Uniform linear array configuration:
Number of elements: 24
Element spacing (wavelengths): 0.25
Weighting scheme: cosine
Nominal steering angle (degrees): -15
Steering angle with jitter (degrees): -15.401
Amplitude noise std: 0.05
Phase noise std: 0.05

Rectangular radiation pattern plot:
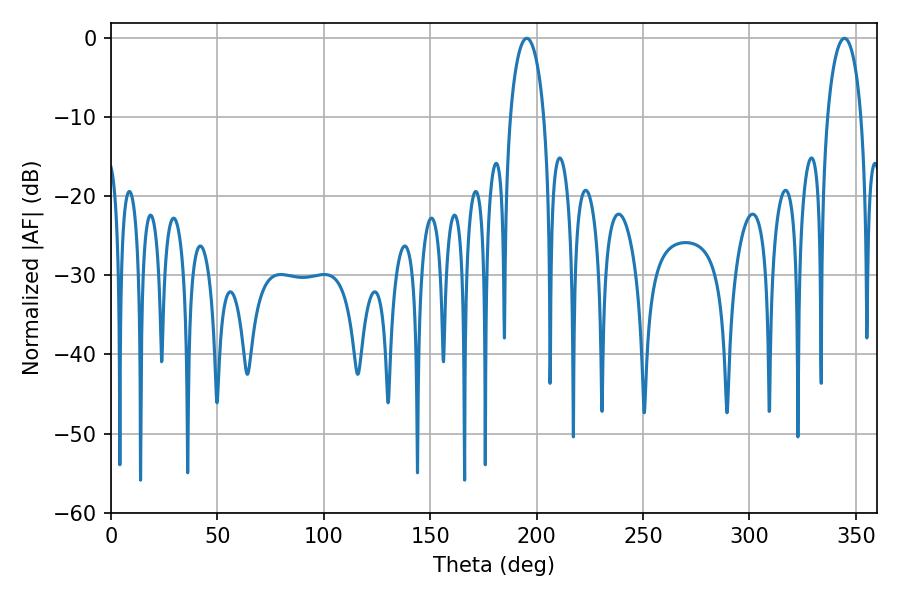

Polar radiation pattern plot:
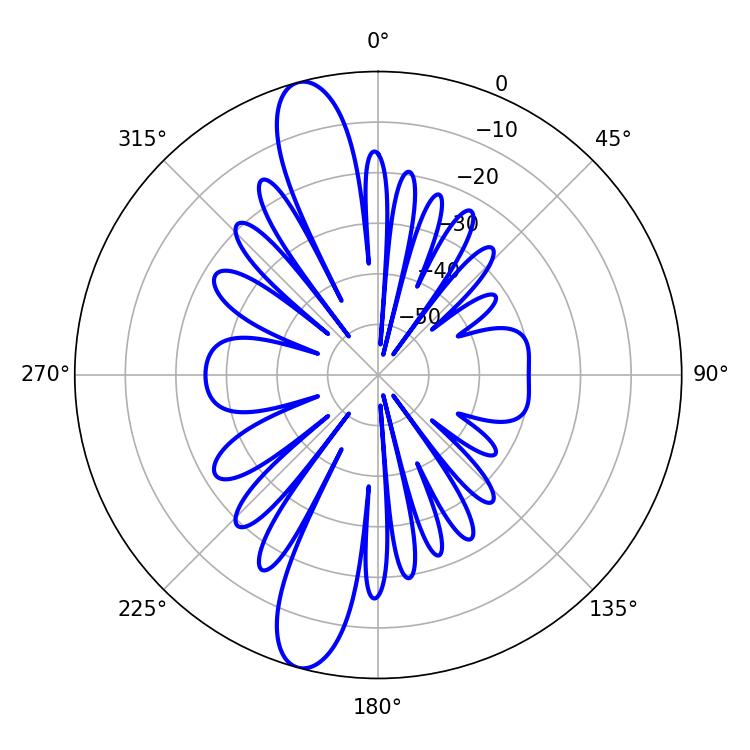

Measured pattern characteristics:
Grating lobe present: FALSE
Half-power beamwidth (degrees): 9.18
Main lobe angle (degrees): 195.3